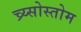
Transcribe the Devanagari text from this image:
च्र्य्सोस्तोम